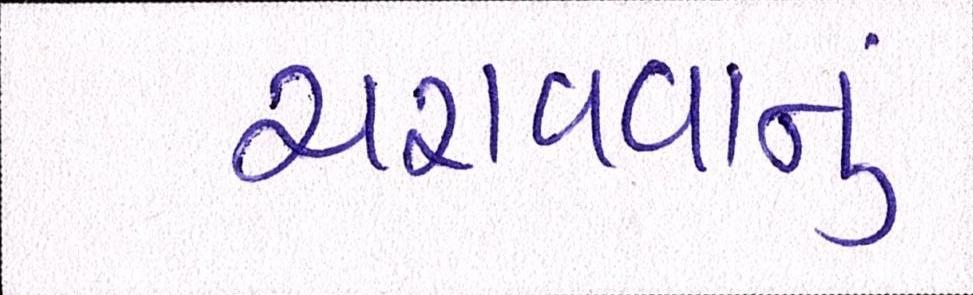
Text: ચરાવવાનુ